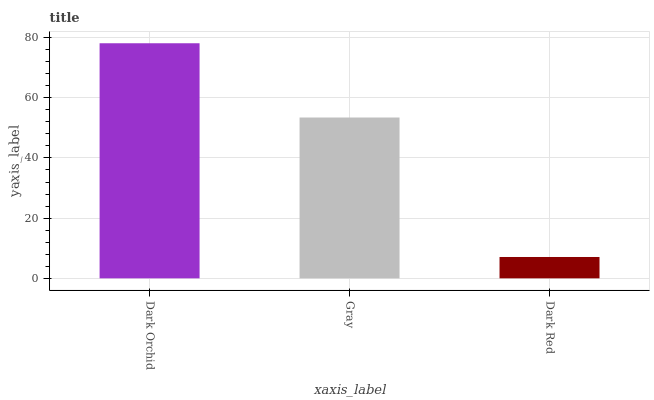
| xaxis_label | bars |
 | --- | --- |
 | Dark Orchid | 78.1 |
 | Gray | 53.4 |
 | Dark Red | 7.09 |